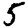
Digit: 5